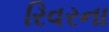
રિવરના